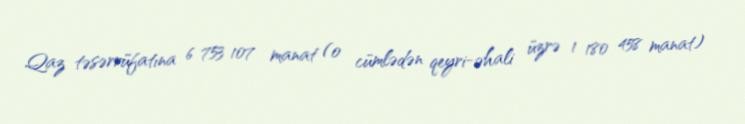
Qaz təsərrüfatına 6 753 107 manat (o cümlədən qeyri-əhali üzrə 1 180 458 manat)